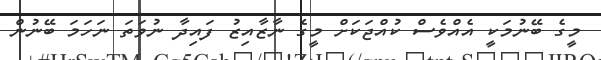
މީގެ ބޭނުމަކީ އެއްވެސް ކުއްޖަކަށް މީގެ ނާޒާއިޒު ފައިދާ ނުވަތަ ނަހަމަ ބޭނުން